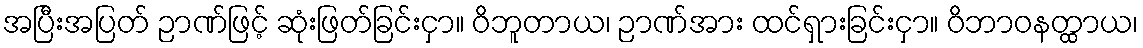
အပြီးအပြတ် ဉာဏ်ဖြင့် ဆုံးဖြတ်ခြင်းငှာ။ ဝိဘူတာယ၊ ဉာဏ်အား ထင်ရှားခြင်းငှာ။ ဝိဘာဝနတ္ထာယ၊